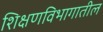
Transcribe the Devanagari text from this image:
शिक्षणविभागातील